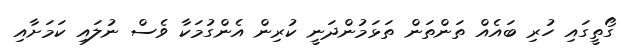
ގޯތީގައި ހުރި ބައެއް ތަންތަން ތަޅަމުންދަނީ ކުރިން އެންގުމަކާ ވެސް ނުލައި ކަމަށާއި